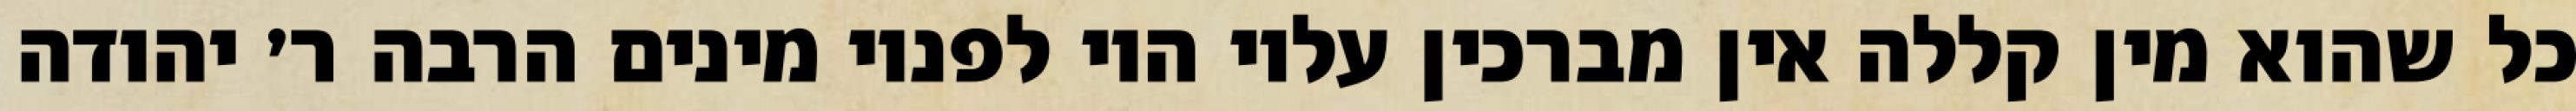
כל שהוא מין קללה אין מברכין עליו היו לפניו מינים הרבה ר׳ יהודה